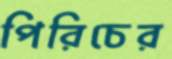
পিরিচের